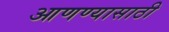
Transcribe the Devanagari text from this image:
आणण्‍यासाठी